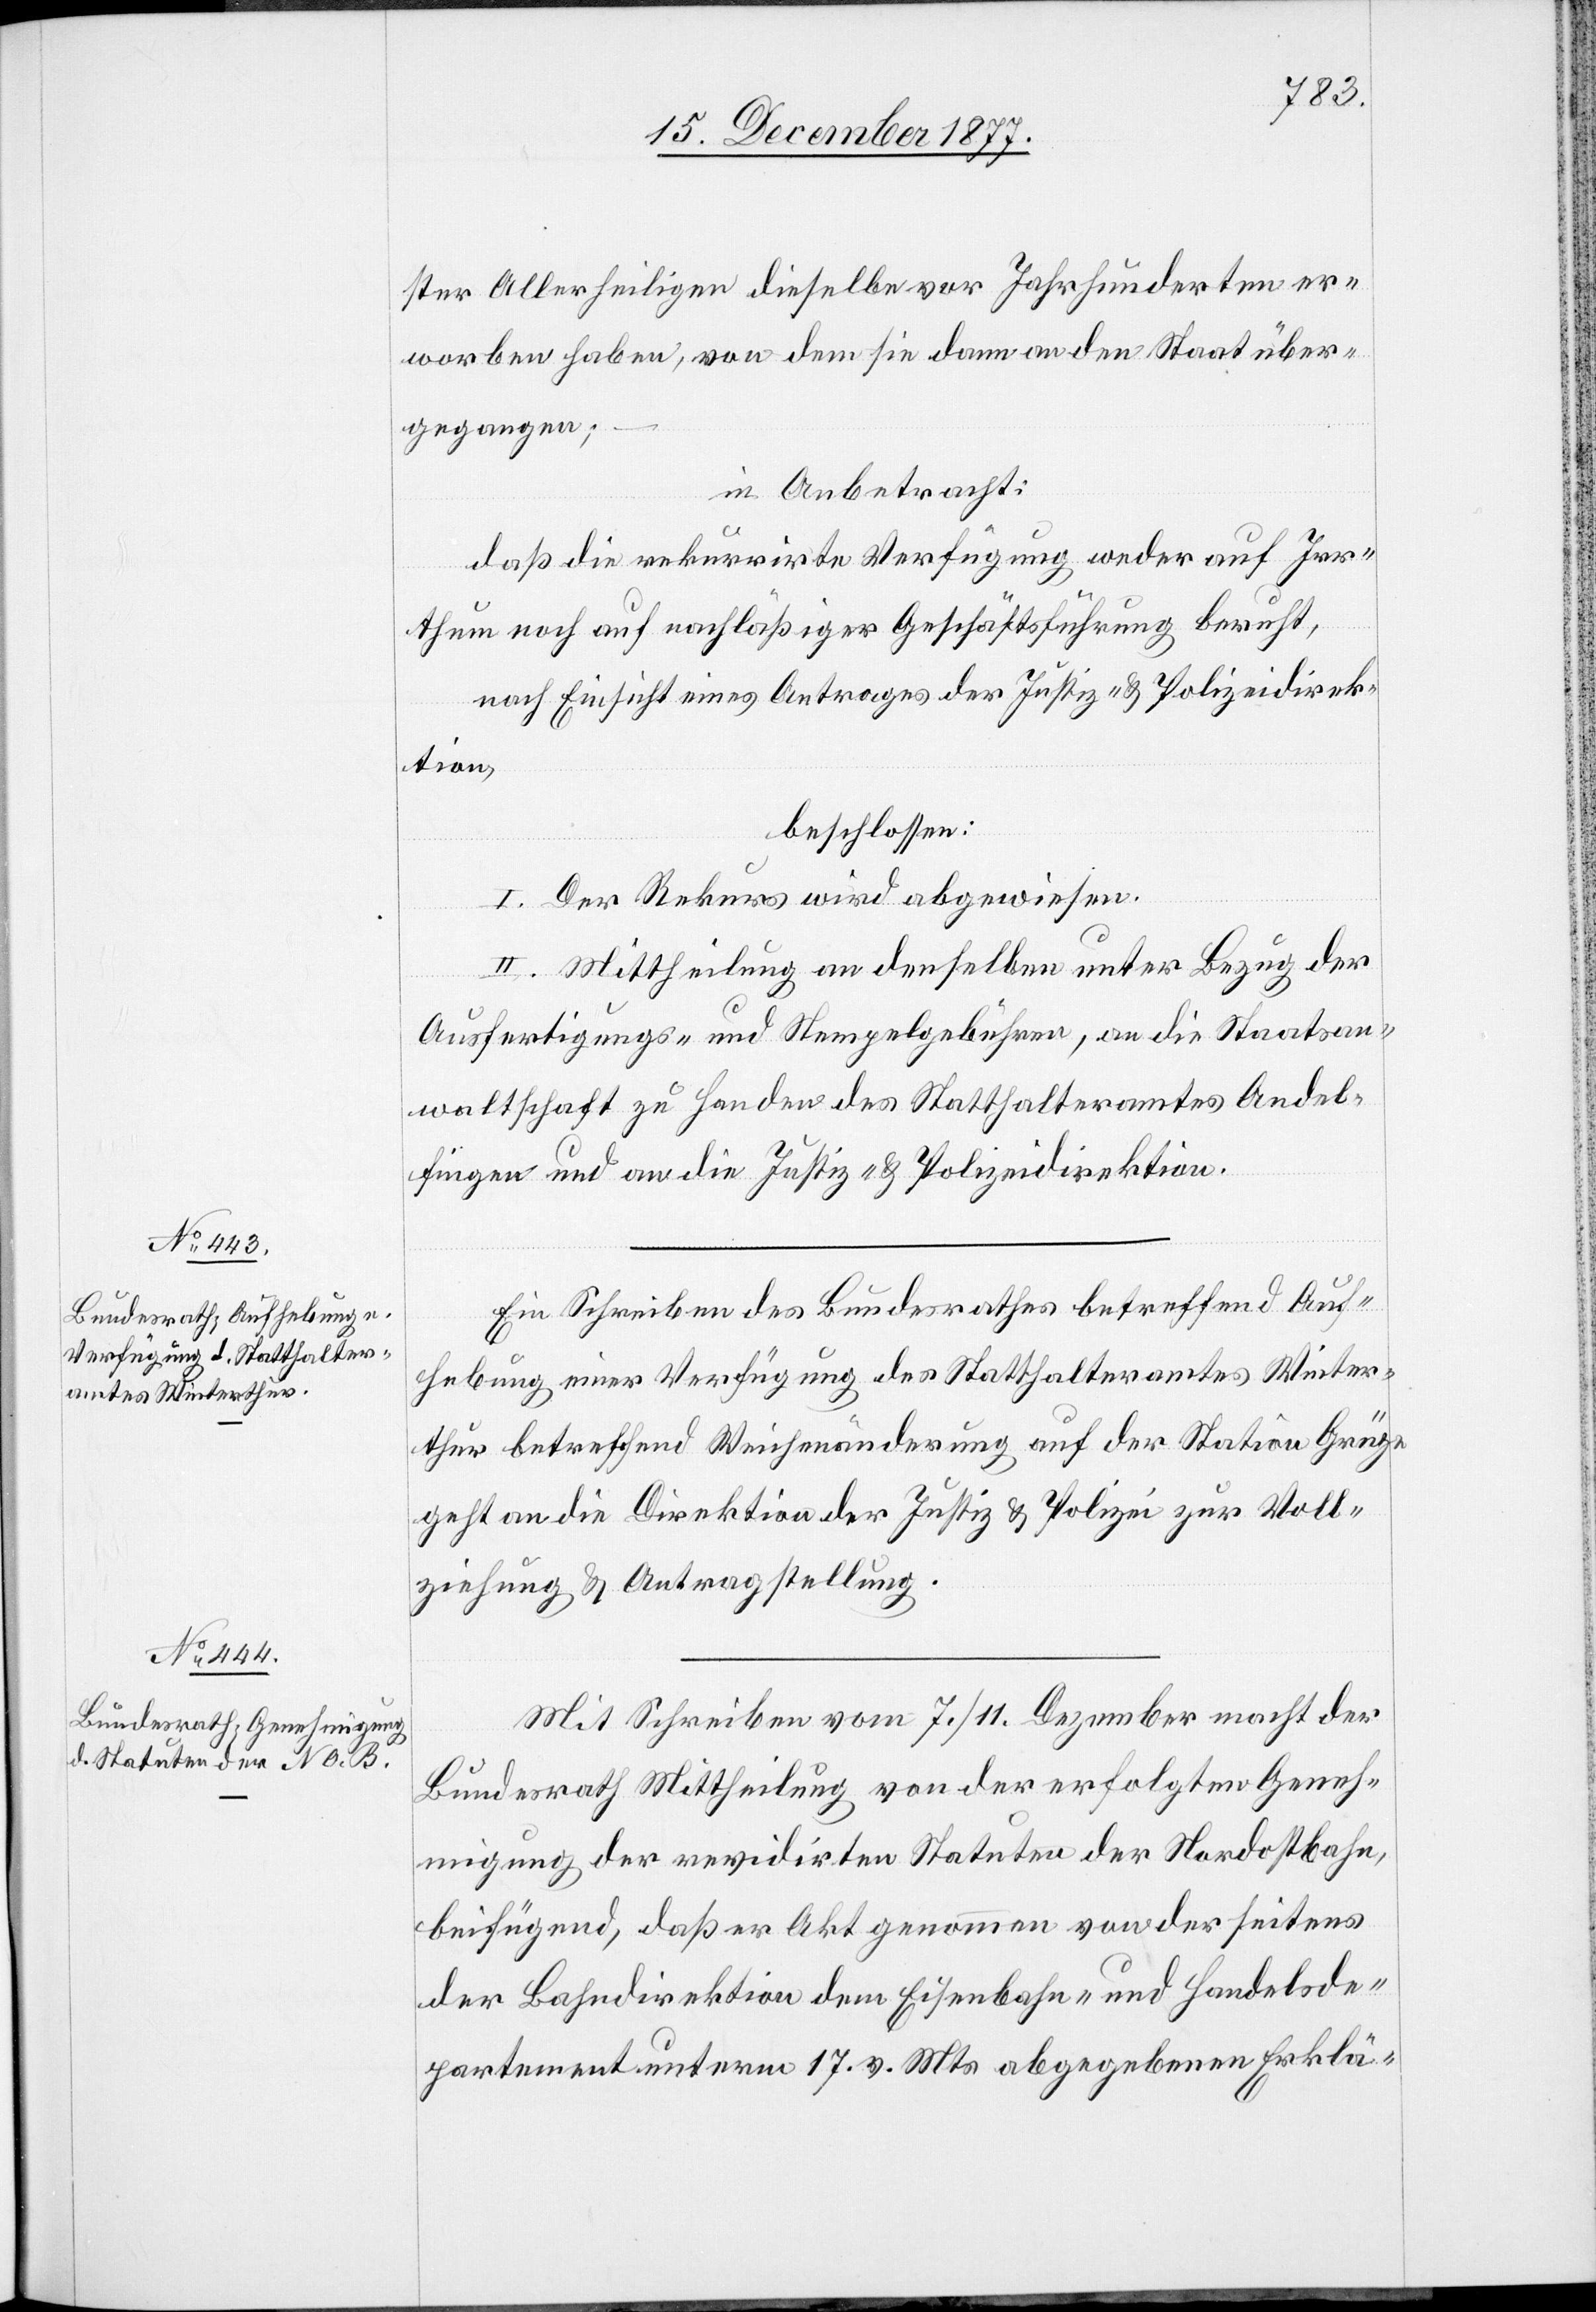
ster Allerheiligen dieselbe vor Jahrhunderten er¬
worben haben, von dem sie dann an den Staat über¬
gegangen;
in Anbetracht:
daß die rekurrirte Verfügung weder auf Irr¬
thum noch auf nachläßiger Geschäftsführung beruht,
nach Einsicht eines Antrages der Justiz- & Polizeidirek¬
tion,
beschlossen:
II. Mittheilung an denselben unter Bezug der
Ausfertigungs- und Stempelgebühren, an die Staatsan¬
waltschaft zu Handen des Statthalteramtes Andel¬
fingen und an die Justiz- & Polizeidirektion.
Ein Schreiben des Bundesrathes betreffend Auf¬
hebung einer Verfügung des Statthalteramtes Winter¬
thur betreffend Weichenänderung auf der Station Grüze
geht an die Direktion der Justiz & Polizei zur Voll¬
ziehung & Antragstellung.
Mit Schreiben vom 7./11. Dezember macht der
Bundesrath Mittheilung von der erfolgten Geneh¬
migung der revidirten Statuten der Nordostbahn,
beifügend, daß er Akt genommen von der seitens
der Bahndirektion dem Eisenbahn- und Handelsde¬
partement unterm 17. v. Mts. abgegebenen Erklä-